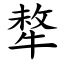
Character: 㹈